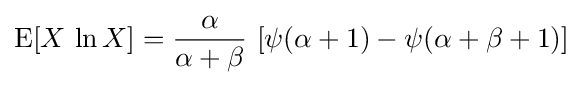
\operatorname {E} [X\,\ln X]={\frac {\alpha }{\alpha +\beta }}\,\left[\psi (\alpha +1)-\psi (\alpha +\beta +1)\right]\!